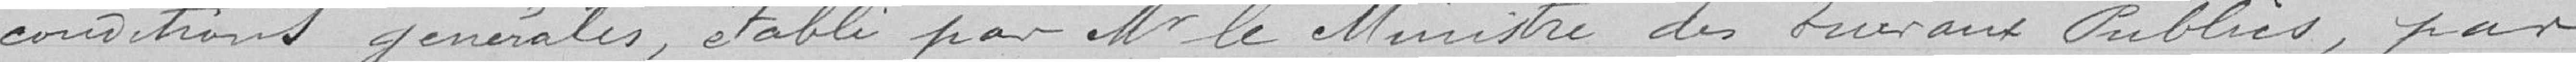
conditions générales, établi par Mr le Ministre des Travaux Publics, par